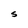
Character: S